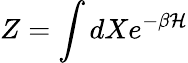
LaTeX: Z=\int dXe^{-\beta\cal H}